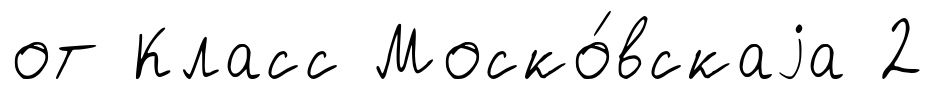
от Класс Моско́вскаjа 2